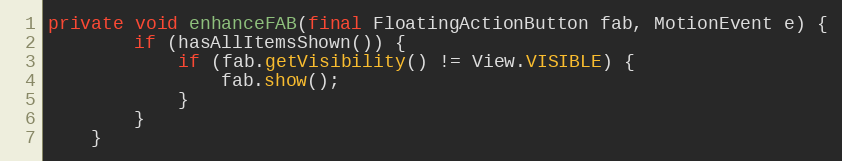
Language: Java
private void enhanceFAB(final FloatingActionButton fab, MotionEvent e) {
        if (hasAllItemsShown()) {
            if (fab.getVisibility() != View.VISIBLE) {
                fab.show();
            }
        }
    }